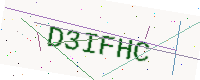
Text: D3IFHC